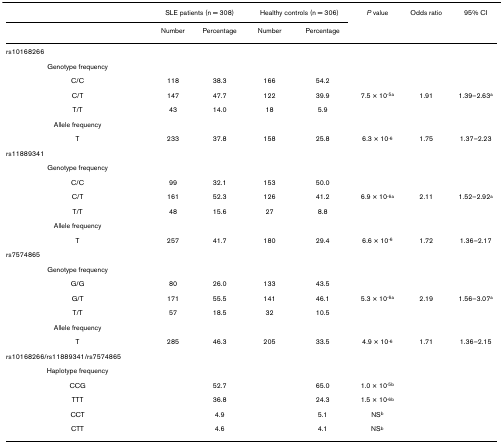
<table><thead><tr><td>[EMPTY_CELL]</td><td colspan="2"><b>SLE patients (n = 308)</b></td><td colspan="2"><b>Healthy controls (n = 306)</b></td><td><b><i>P </i>value</b></td><td><b>Odds ratio</b></td><td><b>95% CI</b></td></tr><tr><td>[EMPTY_CELL]</td><td><b>Number</b></td><td><b>Percentage</b></td><td><b>Number</b></td><td><b>Percentage</b></td><td>[EMPTY_CELL]</td><td>[EMPTY_CELL]</td><td>[EMPTY_CELL]</td></tr></thead><tbody><tr><td>rs10168266</td><td>[EMPTY_CELL]</td><td>[EMPTY_CELL]</td><td>[EMPTY_CELL]</td><td>[EMPTY_CELL]</td><td>[EMPTY_CELL]</td><td>[EMPTY_CELL]</td><td>[EMPTY_CELL]</td></tr><tr><td>Genotype frequency</td><td>[EMPTY_CELL]</td><td>[EMPTY_CELL]</td><td>[EMPTY_CELL]</td><td>[EMPTY_CELL]</td><td>[EMPTY_CELL]</td><td>[EMPTY_CELL]</td><td>[EMPTY_CELL]</td></tr><tr><td>C/C</td><td>118</td><td>38.3</td><td>166</td><td>54.2</td><td>[EMPTY_CELL]</td><td>[EMPTY_CELL]</td><td>[EMPTY_CELL]</td></tr><tr><td>C/T</td><td>147</td><td>47.7</td><td>122</td><td>39.9</td><td>7.5 × 10<sup>-5a</sup></td><td>1.91</td><td>1.39–2.63<sup>a</sup></td></tr><tr><td>T/T</td><td>43</td><td>14.0</td><td>18</td><td>5.9</td><td>[EMPTY_CELL]</td><td>[EMPTY_CELL]</td><td>[EMPTY_CELL]</td></tr><tr><td>Allele frequency</td><td>[EMPTY_CELL]</td><td>[EMPTY_CELL]</td><td>[EMPTY_CELL]</td><td>[EMPTY_CELL]</td><td>[EMPTY_CELL]</td><td>[EMPTY_CELL]</td><td>[EMPTY_CELL]</td></tr><tr><td>T</td><td>233</td><td>37.8</td><td>158</td><td>25.8</td><td>6.3 × 10<sup>-6</sup></td><td>1.75</td><td>1.37–2.23</td></tr><tr><td>rs11889341</td><td>[EMPTY_CELL]</td><td>[EMPTY_CELL]</td><td>[EMPTY_CELL]</td><td>[EMPTY_CELL]</td><td>[EMPTY_CELL]</td><td>[EMPTY_CELL]</td><td>[EMPTY_CELL]</td></tr><tr><td>Genotype frequency</td><td>[EMPTY_CELL]</td><td>[EMPTY_CELL]</td><td>[EMPTY_CELL]</td><td>[EMPTY_CELL]</td><td>[EMPTY_CELL]</td><td>[EMPTY_CELL]</td><td>[EMPTY_CELL]</td></tr><tr><td>C/C</td><td>99</td><td>32.1</td><td>153</td><td>50.0</td><td>[EMPTY_CELL]</td><td>[EMPTY_CELL]</td><td>[EMPTY_CELL]</td></tr><tr><td>C/T</td><td>161</td><td>52.3</td><td>126</td><td>41.2</td><td>6.9 × 10<sup>-6a</sup></td><td>2.11</td><td>1.52–2.92<sup>a</sup></td></tr><tr><td>T/T</td><td>48</td><td>15.6</td><td>27</td><td>8.8</td><td>[EMPTY_CELL]</td><td>[EMPTY_CELL]</td><td>[EMPTY_CELL]</td></tr><tr><td>Allele frequency</td><td>[EMPTY_CELL]</td><td>[EMPTY_CELL]</td><td>[EMPTY_CELL]</td><td>[EMPTY_CELL]</td><td>[EMPTY_CELL]</td><td>[EMPTY_CELL]</td><td>[EMPTY_CELL]</td></tr><tr><td>T</td><td>257</td><td>41.7</td><td>180</td><td>29.4</td><td>6.6 × 10<sup>-6</sup></td><td>1.72</td><td>1.36–2.17</td></tr><tr><td>rs7574865</td><td>[EMPTY_CELL]</td><td>[EMPTY_CELL]</td><td>[EMPTY_CELL]</td><td>[EMPTY_CELL]</td><td>[EMPTY_CELL]</td><td>[EMPTY_CELL]</td><td>[EMPTY_CELL]</td></tr><tr><td>Genotype frequency</td><td>[EMPTY_CELL]</td><td>[EMPTY_CELL]</td><td>[EMPTY_CELL]</td><td>[EMPTY_CELL]</td><td>[EMPTY_CELL]</td><td>[EMPTY_CELL]</td><td>[EMPTY_CELL]</td></tr><tr><td>G/G</td><td>80</td><td>26.0</td><td>133</td><td>43.5</td><td>[EMPTY_CELL]</td><td>[EMPTY_CELL]</td><td>[EMPTY_CELL]</td></tr><tr><td>G/T</td><td>171</td><td>55.5</td><td>141</td><td>46.1</td><td>5.3 × 10<sup>-6a</sup></td><td>2.19</td><td>1.56–3.07<sup>a</sup></td></tr><tr><td>T/T</td><td>57</td><td>18.5</td><td>32</td><td>10.5</td><td>[EMPTY_CELL]</td><td>[EMPTY_CELL]</td><td>[EMPTY_CELL]</td></tr><tr><td>Allele frequency</td><td>[EMPTY_CELL]</td><td>[EMPTY_CELL]</td><td>[EMPTY_CELL]</td><td>[EMPTY_CELL]</td><td>[EMPTY_CELL]</td><td>[EMPTY_CELL]</td><td>[EMPTY_CELL]</td></tr><tr><td>T</td><td>285</td><td>46.3</td><td>205</td><td>33.5</td><td>4.9 × 10<sup>-6</sup></td><td>1.71</td><td>1.36–2.15</td></tr><tr><td>rs10168266/rs11889341/rs7574865</td><td>[EMPTY_CELL]</td><td>[EMPTY_CELL]</td><td>[EMPTY_CELL]</td><td>[EMPTY_CELL]</td><td>[EMPTY_CELL]</td><td>[EMPTY_CELL]</td><td>[EMPTY_CELL]</td></tr><tr><td>Haplotype frequency</td><td>[EMPTY_CELL]</td><td>[EMPTY_CELL]</td><td>[EMPTY_CELL]</td><td>[EMPTY_CELL]</td><td>[EMPTY_CELL]</td><td>[EMPTY_CELL]</td><td>[EMPTY_CELL]</td></tr><tr><td>CCG</td><td>[EMPTY_CELL]</td><td>52.7</td><td>[EMPTY_CELL]</td><td>65.0</td><td>1.0 × 10<sup>-5b</sup></td><td>[EMPTY_CELL]</td><td>[EMPTY_CELL]</td></tr><tr><td>TTT</td><td>[EMPTY_CELL]</td><td>36.8</td><td>[EMPTY_CELL]</td><td>24.3</td><td>1.5 × 10<sup>-6b</sup></td><td>[EMPTY_CELL]</td><td>[EMPTY_CELL]</td></tr><tr><td>CCT</td><td>[EMPTY_CELL]</td><td>4.9</td><td>[EMPTY_CELL]</td><td>5.1</td><td>NS<sup>b</sup></td><td>[EMPTY_CELL]</td><td>[EMPTY_CELL]</td></tr><tr><td>CTT</td><td>[EMPTY_CELL]</td><td>4.6</td><td>[EMPTY_CELL]</td><td>4.1</td><td>NS<sup>b</sup></td><td>[EMPTY_CELL]</td><td>[EMPTY_CELL]</td></tr></tbody></table>